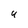
Character: U